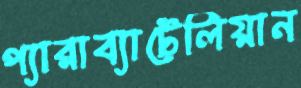
প্যারাব্যাটেলিয়ান